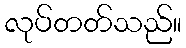
လုပ်တတ်သည်။